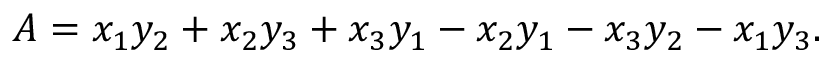
A = x _ { 1 } y _ { 2 } + x _ { 2 } y _ { 3 } + x _ { 3 } y _ { 1 } - x _ { 2 } y _ { 1 } - x _ { 3 } y _ { 2 } - x _ { 1 } y _ { 3 } .